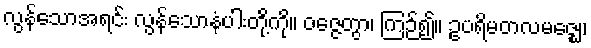
လွန်သောအရင်း လွန်သောနံပါးတို့ကို။ ဝဇ္ဇေတွာ၊ ကြဉ်၍။ ဥပရိမတလမဇ္ဈေ၊